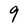
Character: 9